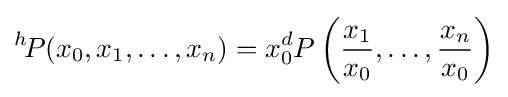
{^{h}\!P}(x_{0},x_{1},\dots ,x_{n})=x_{0}^{d}P\left({\frac {x_{1}}{x_{0}}},\dots ,{\frac {x_{n}}{x_{0}}}\right)